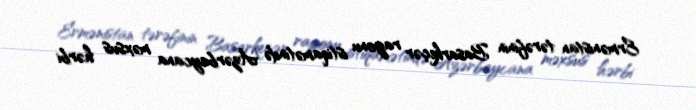
Ermənistan tərəfinin Basarkeçər rayonu istiqamətində Azərbaycana məxsus hərbi